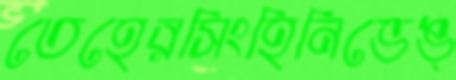
তেহেরসিংহিনিভেঙ্